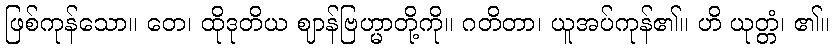
ဖြစ်ကုန်သော။ တေ၊ ထိုဒုတိယ ဈာန်ဗြဟ္မာတို့ကို။ ဂတိတာ၊ ယူအပ်ကုန်၏။ ဟိ ယုတ္တံ၊ ၏။